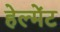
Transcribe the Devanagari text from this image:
हेल्मेंट